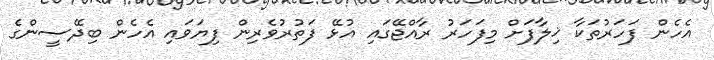
އެހެން ފަހަރުތަކާ ޚިލާފަށް މިފަހަރު ރާއްޖޭގައި އުޅޭ ފަތުރުވެރިން ފިޔަވައި އެހެން ބިދޭސީންގެ